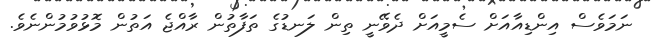
ނަމަވެސް އިންޑިއާއަށް ސެމީއަށް ދެވޭނީ ތިން ލަނޑުގެ ތަފާތުން ރާއްޖެ އަތުން މޮޅުވުމުންނެވެ.